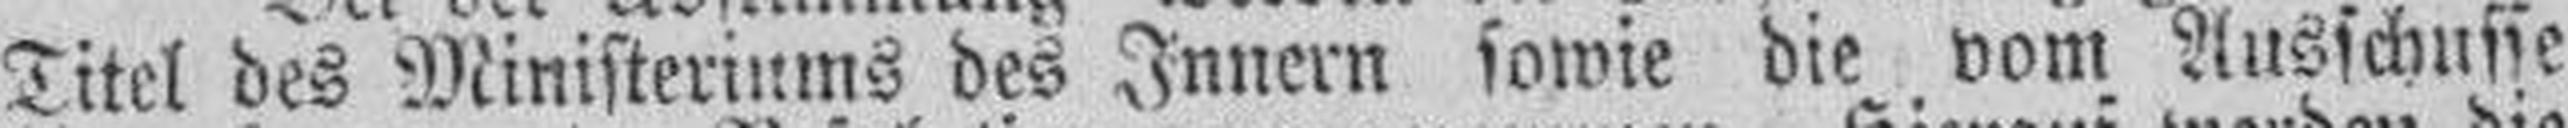
Titel des Ministeriums des Innern sowie die vom Ausschusse